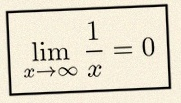
\lim_{x\to\infty}\frac{1}{x}=0